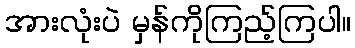
အားလုံးပဲ မှန်ကိုကြည့်ကြပါ။